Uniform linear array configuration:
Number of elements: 8
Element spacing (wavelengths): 1
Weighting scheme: exponential
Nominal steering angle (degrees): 60
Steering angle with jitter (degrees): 61.745
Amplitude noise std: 0.05
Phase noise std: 0.05

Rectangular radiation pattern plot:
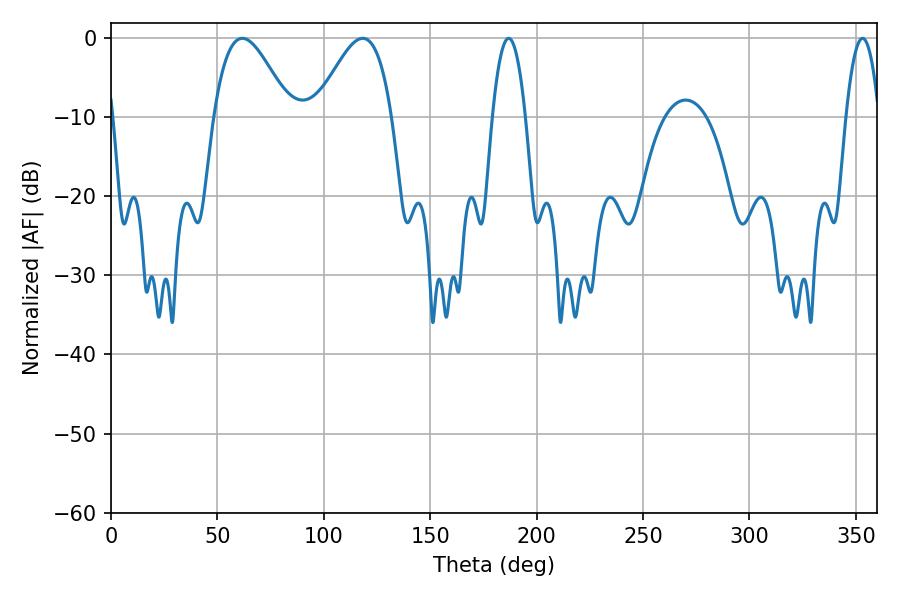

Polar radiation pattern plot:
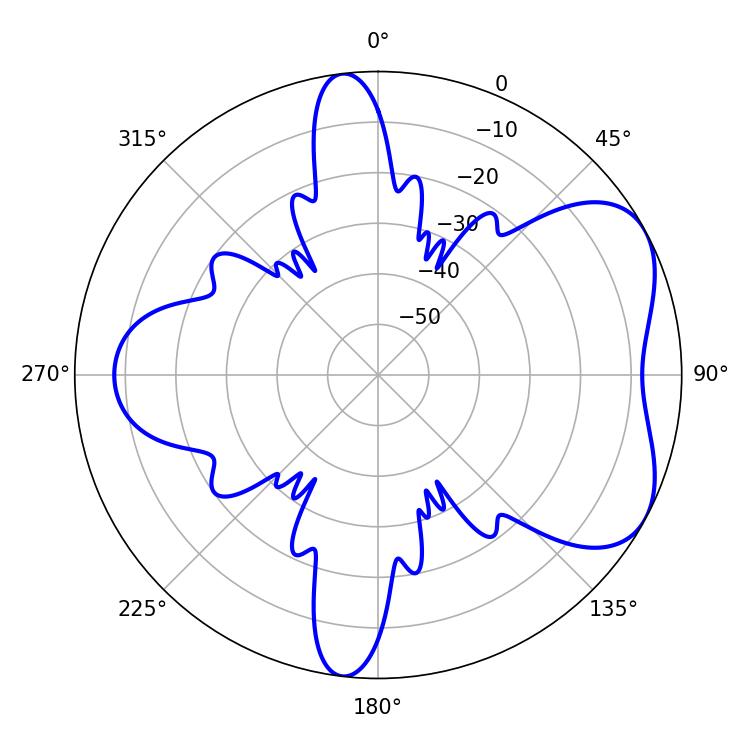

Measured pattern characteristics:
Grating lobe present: TRUE
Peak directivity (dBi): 5.43
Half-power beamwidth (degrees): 19.26
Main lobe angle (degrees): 61.74